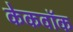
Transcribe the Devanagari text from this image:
केकवॉक